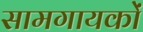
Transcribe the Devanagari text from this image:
सामगायकों